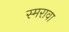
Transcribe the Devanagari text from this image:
स्मरावा